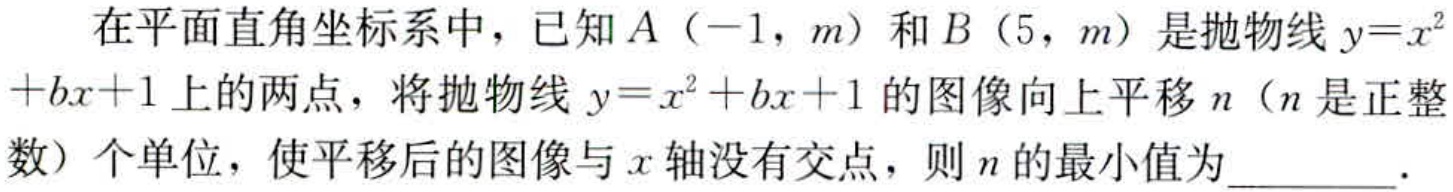
在平面直角坐标系中，已知$A（-1，m）$和$B（5，m）$是抛物线$y = x^{2}+bx + 1$上的两点，将抛物线$y = x^{2}+bx + 1$的图像向上平移$n$（$n$是正整数）个单位，使平移后的图像与$x$轴没有交点，则$n$的最小值为________．